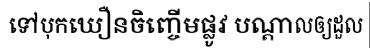
ទៅបុកឃឿនចិញ្ចើមផ្លូវ បណ្តាលឲ្យដួល